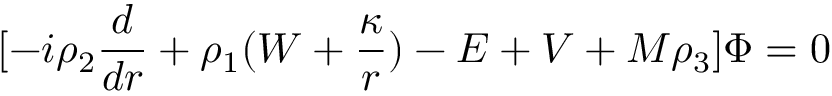
\lbrack - i \rho _ { 2 } { \frac { d } { d r } } + \rho _ { 1 } ( W + { \frac { \kappa } { r } } ) - E + V + M \rho _ { 3 } \rbrack \Phi = 0